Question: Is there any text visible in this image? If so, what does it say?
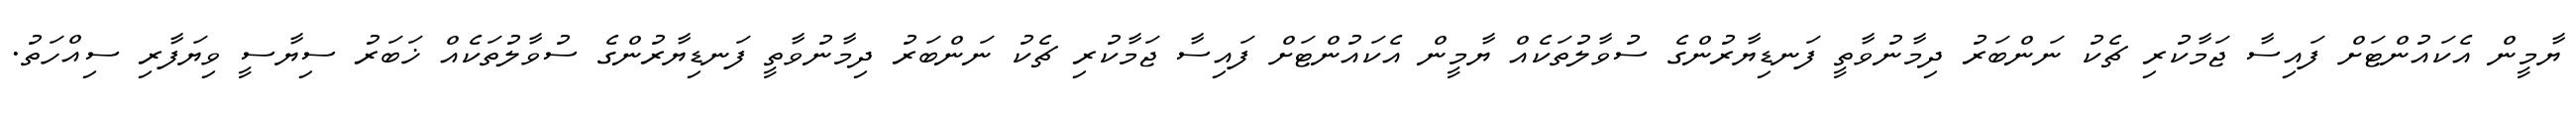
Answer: ޔާމީން އެކައުންޓަށް ފައިސާ ޖަމާކުރި ޗެކު ނަންބަރު ދިމާނުވާތީ ފަނޑިޔާރުންގެ ސުވާލުތަކެއް ޔާމީން އެކައުންޓަށް ފައިސާ ޖަމާކުރި ޗެކު ނަންބަރު ދިމާނުވާތީ ފަނޑިޔާރުންގެ ސުވާލުތަކެއް ޚަބަރު ސިޔާސީ ވިޔަފާރި ސިއްހަތު.